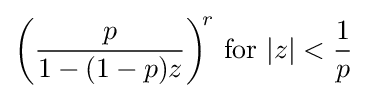
{\biggl (}{\frac {p}{1-(1-p)z}}{\biggr )}^{\!r}{\text{ for }}|z|<{\frac {1}{p}}